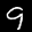
Label: 9